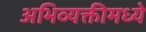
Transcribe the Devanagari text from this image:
अभिव्यक्तीमध्ये